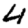
Digit: 4